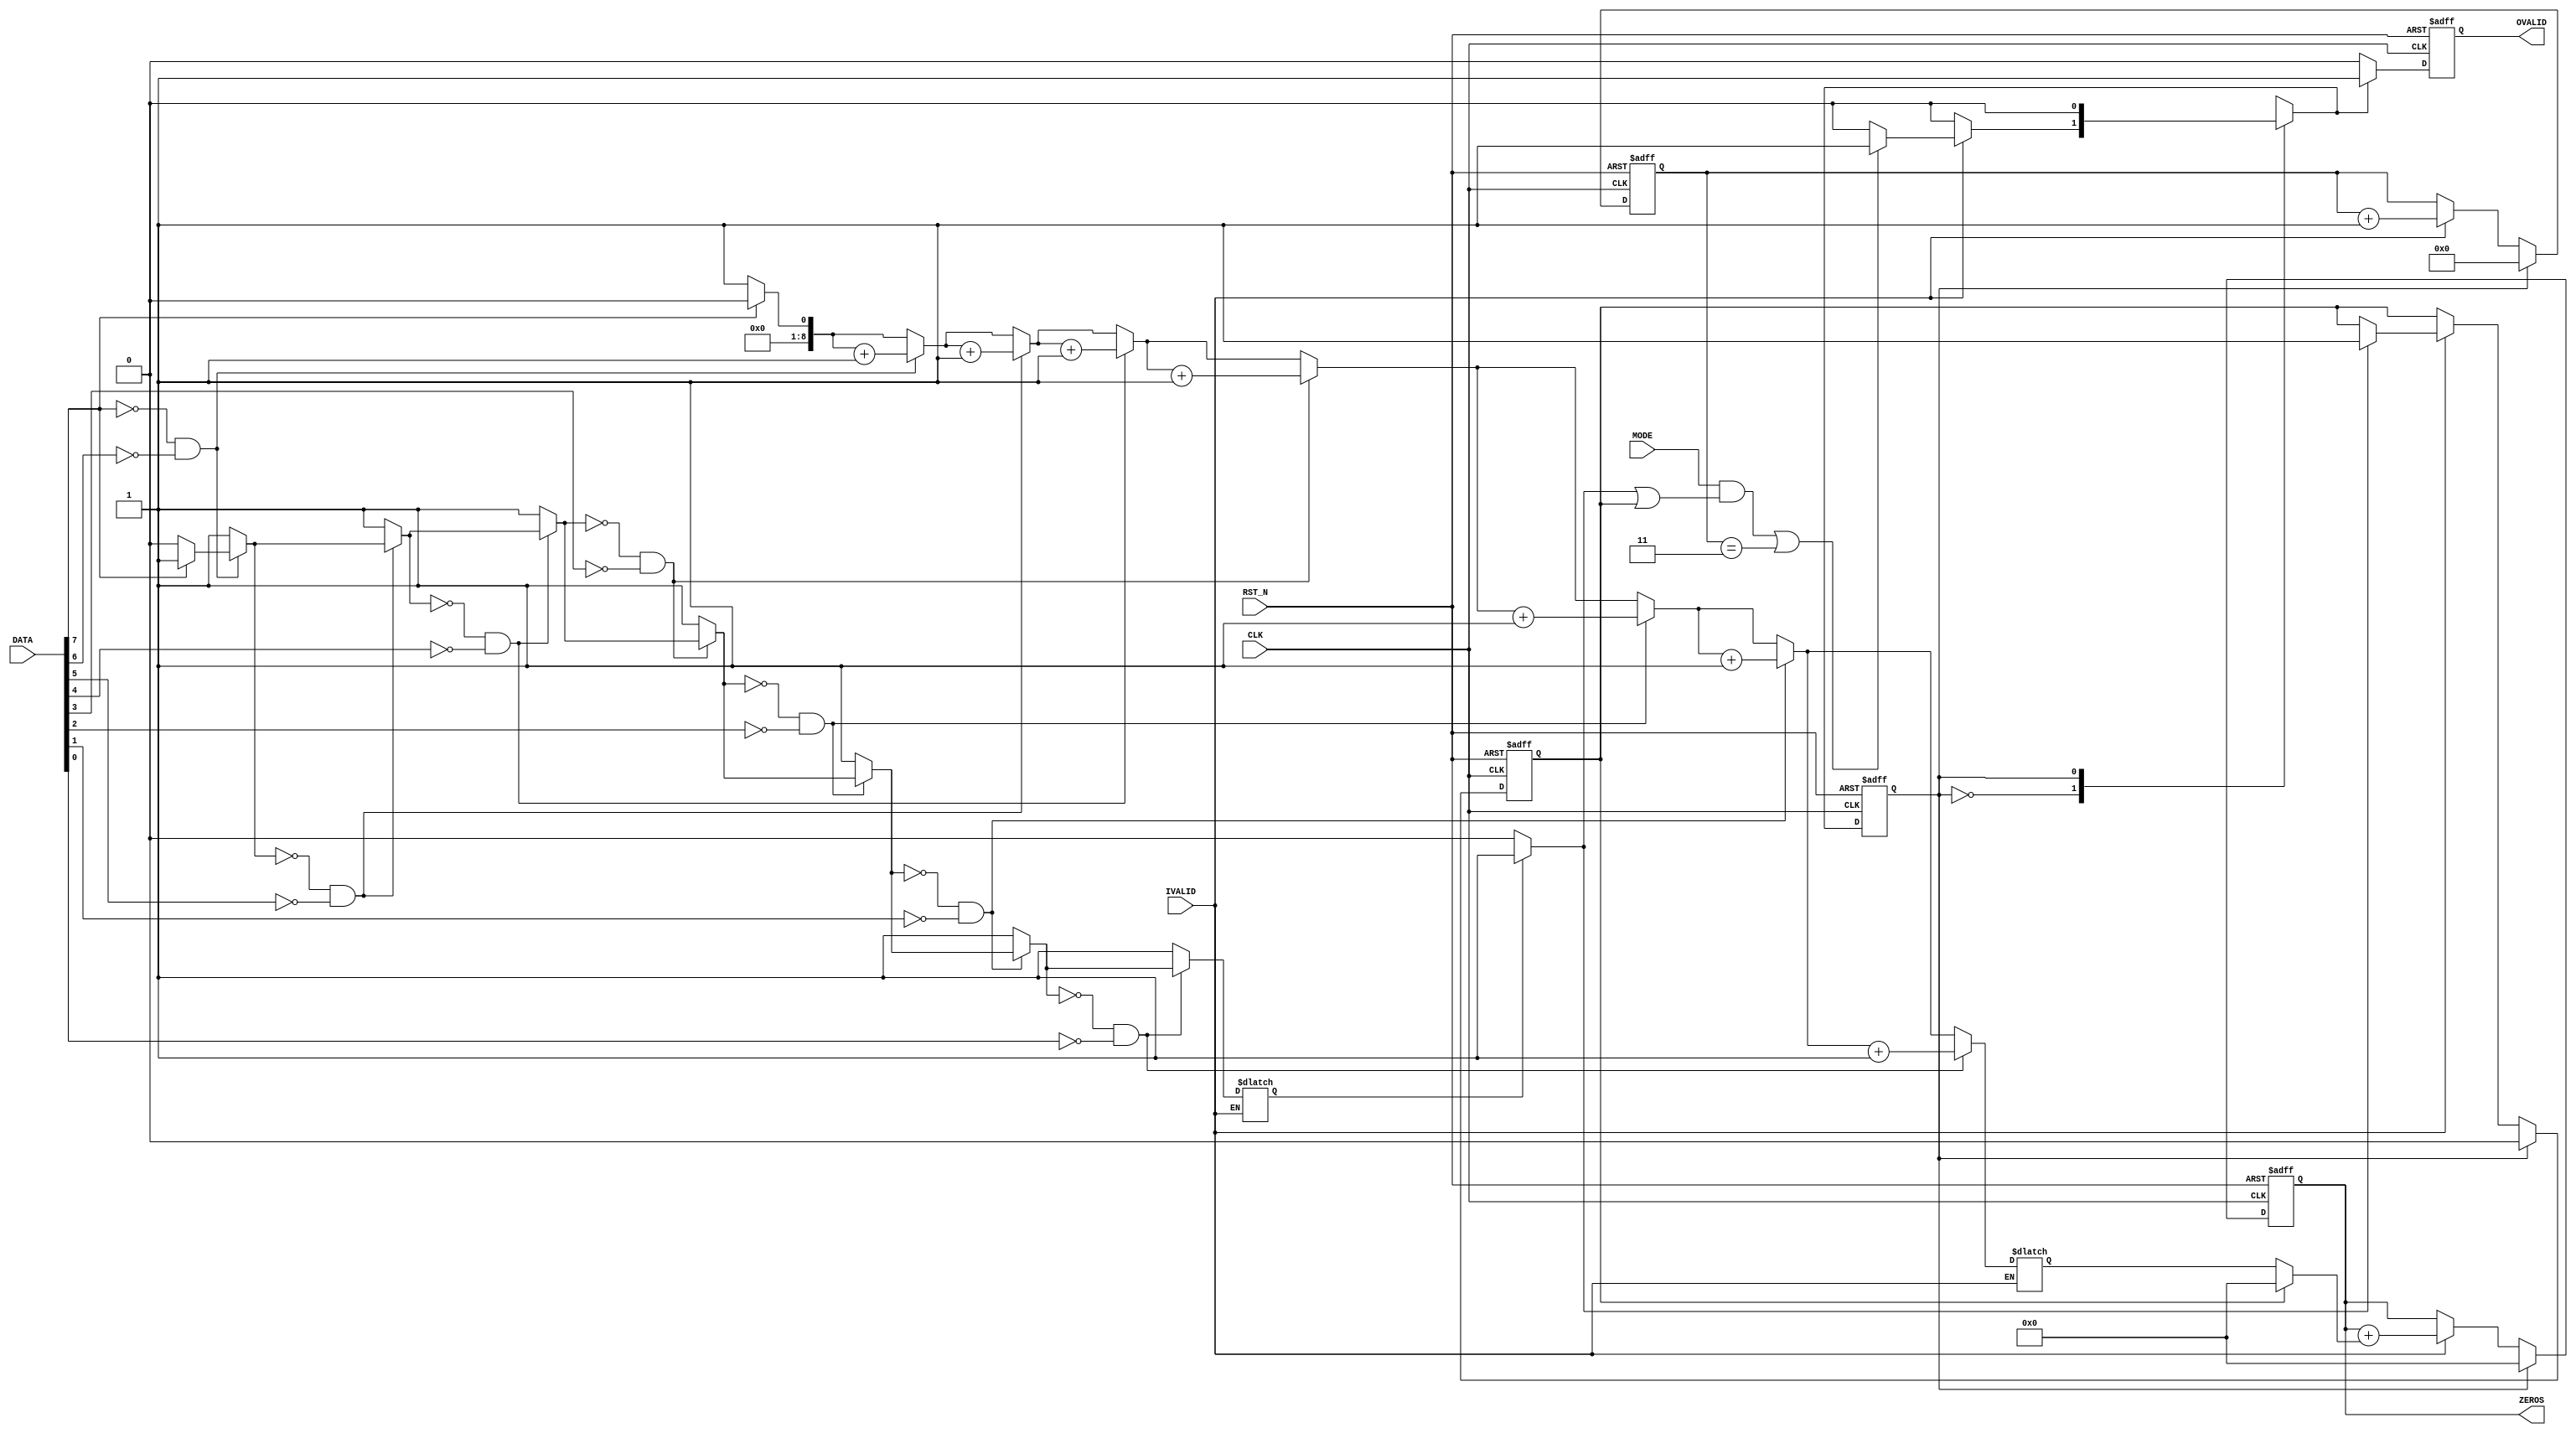
module LZC #(
	parameter width = 8,
	parameter word = 4
	)(
	input wire CLK,
	input wire RST_N,
	input wire MODE,
	input wire IVALID,
	input wire [width-1:0] DATA,
	output reg OVALID,
	output reg [8:0] ZEROS
);

	parameter INPUT = 1'b0;
	parameter OUTPUT = 1'b1;

	integer i;
	wire have_one;
	reg state, state_next;
	reg findOne, flag;
	reg already_have_one;
	reg [8:0] zero_cnt;
	reg [5:0] WORDS;

	assign have_one = (findOne) ? 1 : 0;

	always @(posedge CLK or negedge RST_N) begin
		if (!RST_N) begin
			state <= INPUT;
			ZEROS <= 0;
			OVALID <= 0;
			WORDS <= 0;
			flag <= 0;
			already_have_one <= 0;
		end	else begin
			state <= state_next;
			if (IVALID) begin
				WORDS <= WORDS + 1;
				ZEROS <= ZEROS + ((already_have_one) ? 0 : zero_cnt);
				already_have_one <= (have_one) ? 1 : already_have_one;
			end
			if (state_next == OUTPUT) begin
				OVALID <= 1;
			end else begin
				OVALID <= 0;
			end
			if (state == OUTPUT) begin
				ZEROS <= 0;
				WORDS <= 0;
				already_have_one <= 0;
			end
		end
	end

	always @* begin
		if (IVALID) begin
			zero_cnt = 0;
			findOne = 0;
			for (i = width-1; i >= 0; i = i - 1) begin
				if (!findOne && DATA[i] == 0) begin
					zero_cnt = zero_cnt + 1;
				end else begin
					findOne = 1;
				end
			end
		end
	end

	always @* begin
		case (state)
			INPUT: begin
				if (!IVALID) begin
					state_next = INPUT;
				end else begin
					if ((MODE && (have_one || already_have_one)) || WORDS == word - 1) begin
						state_next = OUTPUT;
					end else begin
						state_next = INPUT;
					end
				end
			end
			OUTPUT: begin
				state_next = INPUT;
			end
		endcase
	end
	
endmodule